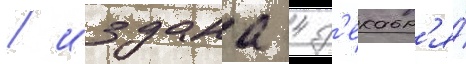
/ издана 4 д'екабр'я́